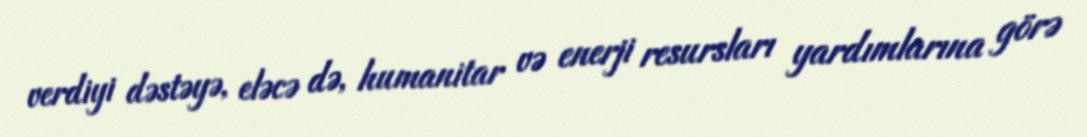
verdiyi dəstəyə, eləcə də, humanitar və enerji resursları yardımlarına görə